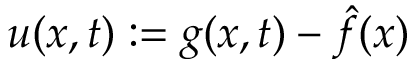
u ( x , t ) : = g ( x , t ) - \hat { f } ( x )